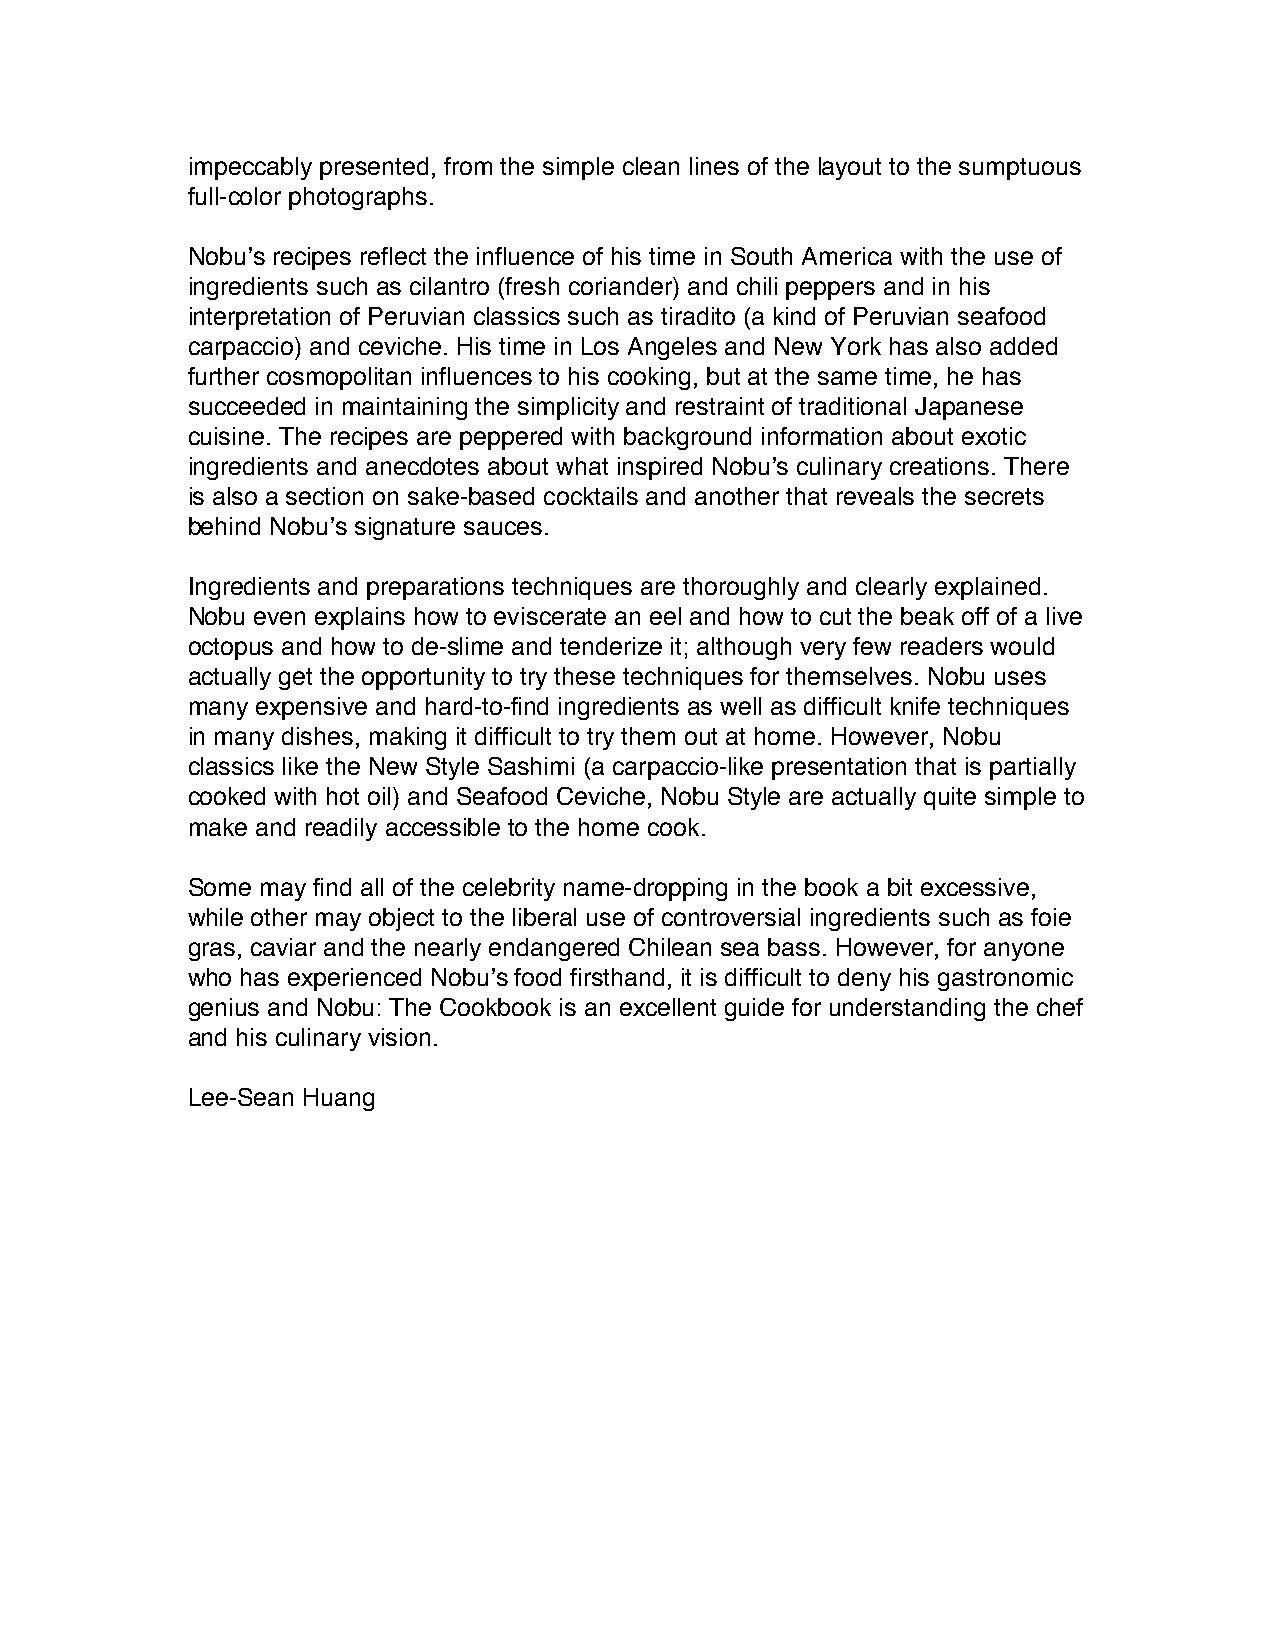
impeccably presented, from the simple clean lines of the layout to the sumptuous
 full-color photographs.
 Nobuʼs recipes reflect the influence of his time in South America with the use of
 ingredients such as cilantro (fresh coriander) and chili peppers and in his
 interpretation of Peruvian classics such as tiradito (a kind of Peruvian seafood
 carpaccio) and ceviche. His time in Los Angeles and New York has also added
 further cosmopolitan influences to his cooking, but at the same time, he has
 succeeded in maintaining the simplicity and restraint of traditional Japanese
 cuisine. The recipes are peppered with background information about exotic
 ingredients and anecdotes about what inspired Nobuʼs culinary creations. There
 is also a section on sake-based cocktails and another that reveals the secrets
 behind Nobuʼs signature sauces.
 Ingredients and preparations techniques are thoroughly and clearly explained.
 Nobu even explains how to eviscerate an eel and how to cut the beak off of a live
 octopus and how to de-slime and tenderize it; although very few readers would
 actually get the opportunity to try these techniques for themselves. Nobu uses
 many expensive and hard-to-find ingredients as well as difficult knife techniques
 in many dishes, making it difficult to try them out at home. However, Nobu
 classics like the New Style Sashimi (a carpaccio-like presentation that is partially
 cooked with hot oil) and Seafood Ceviche, Nobu Style are actually quite simple to
 make and readily accessible to the home cook.
 Some may find all of the celebrity name-dropping in the book a bit excessive,
 while other may object to the liberal use of controversial ingredients such as foie
 gras, caviar and the nearly endangered Chilean sea bass. However, for anyone
 who has experienced Nobuʼs food firsthand, it is difficult to deny his gastronomic
 genius and Nobu: The Cookbook is an excellent guide for understanding the chef
 and his culinary vision.
 Lee-Sean Huang